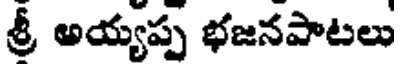
శ్రీ అయ్యప్ప భజనపాటలు